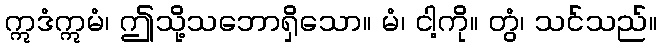
ဣဒံဣမံ၊ ဤသို့သဘောရှိသော။ မံ၊ ငါ့ကို။ တွံ၊ သင်သည်။